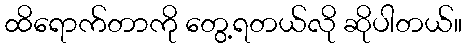
ထိရောက်တာကို တွေ့ရတယ်လို ဆိုပါတယ်။